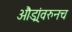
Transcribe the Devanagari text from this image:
औंड्रांवरुनच